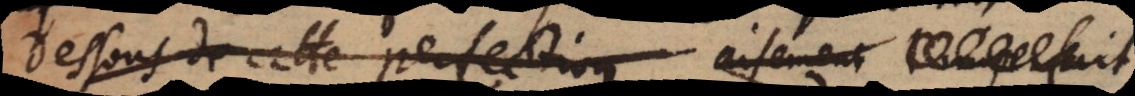
dessous de cette perfection